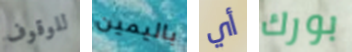
للوقوف باليمين أي بورك